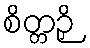
စိတ္တဉှိ